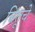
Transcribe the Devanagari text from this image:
चिंतूचे